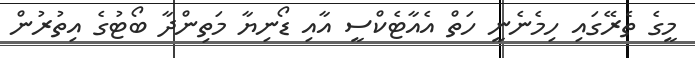
މީގެ ތެރޭގައި ހިމެނެނީ ހަތް އެއާޓެކްސީ އާއި ޑޯނިޔާ މަތިންދާ ބޯޓުގެ އިތުރުން